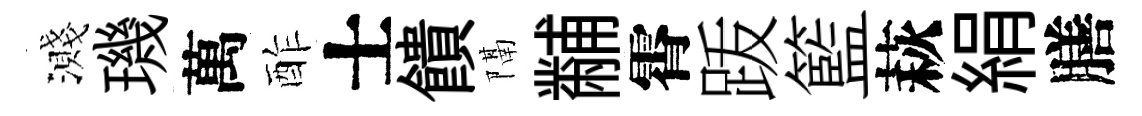
濺璣萬酢士饋隔黼霄䟦籃萩絹膳